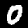
Digit: 0